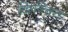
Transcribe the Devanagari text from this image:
किन्चित